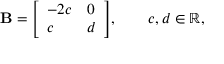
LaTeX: \mathbf { B } = { \left[ \begin{array} { l l } { - 2 c } & { 0 } \\ { c } & { d } \end{array} \right] } , \qquad c , d \in \mathbb { R } ,